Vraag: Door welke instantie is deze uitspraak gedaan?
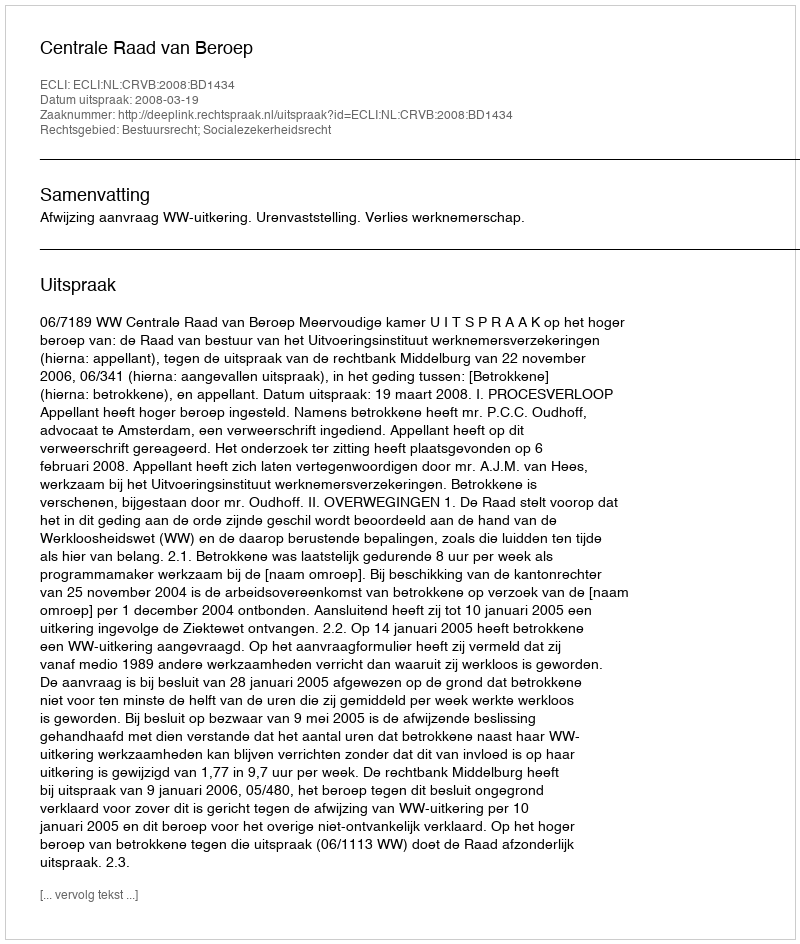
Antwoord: Centrale Raad van Beroep